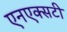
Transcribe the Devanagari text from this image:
एनएक्सटी